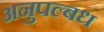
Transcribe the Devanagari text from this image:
अनुपल्बध